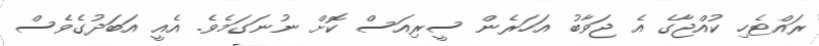
ރައްޓެހި ކުއްޖާގެ އެ ޖަވާބު އަހަރެން ސީރިއަސް ކޮށް ނުނަގަމެވެ. އެއީ އަބަދުގެވެސް